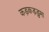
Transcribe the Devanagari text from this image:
कड़कड़डुमा